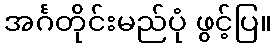
အင်္ဂတိုင်းမည်ပုံ ဖွင့်ပြ။